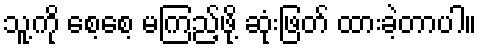
သူ့ကို စေ့စေ့ မကြည့်ဖို့ ဆုံးဖြတ် ထားခဲ့တာပါ။